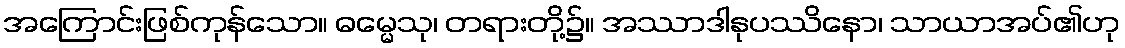
အကြောင်းဖြစ်ကုန်သော။ ဓမ္မေသု၊ တရားတို့၌။ အဿာဒါနုပဿိနော၊ သာယာအပ်၏ဟု